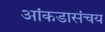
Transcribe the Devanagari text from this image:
आंकडासंचय